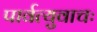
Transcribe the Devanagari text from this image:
पार्वत्युवाचः